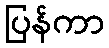
ပြန်ကာ